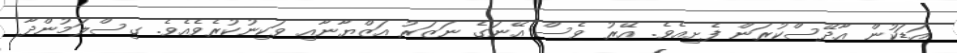
އަޑަކުން އާދޭސްކުރަން ފެށިއެވެ. އޭރު ވެސް އޭނަގެ ނަޒަރު އަޒްޔާނާއި ވަކިނުކުރެވެއެވެ. ގިސްލަމުންދާ